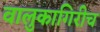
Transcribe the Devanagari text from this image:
वालुकागिरीच